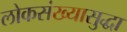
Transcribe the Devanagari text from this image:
लोकसंख्यासुद्धा